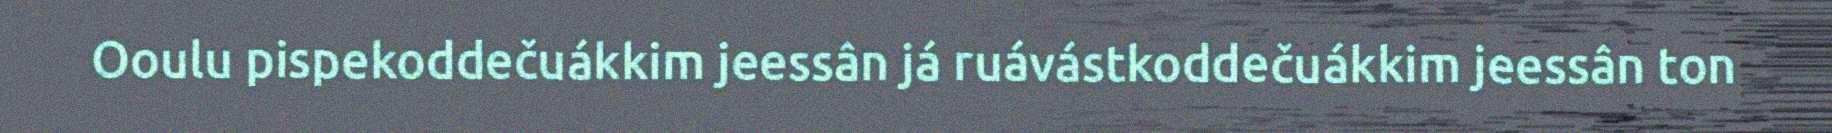
Ooulu pispekoddečuákkim jeessân já ruávástkoddečuákkim jeessân ton